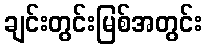
ချင်းတွင်းမြစ်အတွင်း